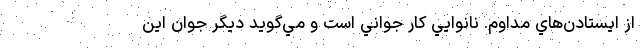
از ايستادن‌هاي مداوم. نانوايي كار جواني است و مي‌گويد ديگر جوانِ اين